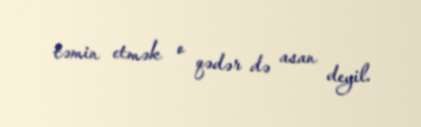
təmin etmək o qədər də asan deyil.